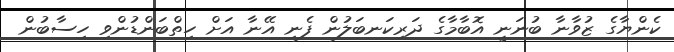
ކެންޔާގެ ޒުވާނާ ބުނަނީ އޮބާމާގެ ދަރިކަނބަލުން ފެނި އޭނާ އަށް ހިތްބަންޑުންވި ހިސާބުން